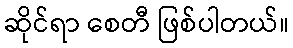
ဆိုင်ရာ စေတီ ဖြစ်ပါတယ်။